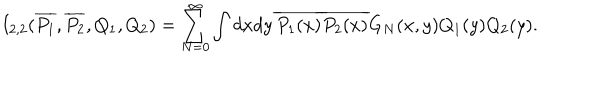
LaTeX: I _ { 2 , 2 } ( \overline { { { P _ { 1 } } } } , \overline { { { P _ { 2 } } } } , Q _ { 1 } , Q _ { 2 } ) = \sum _ { N = 0 } ^ { \infty } \int d x d y \, \overline { { { P _ { 1 } ( x ) } } } \overline { { { P _ { 2 } ( x ) } } } G _ { N } ( x , y ) Q _ { 1 } ( y ) Q _ { 2 } ( y ) .